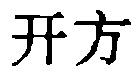
开方